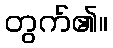
တွက်၏။